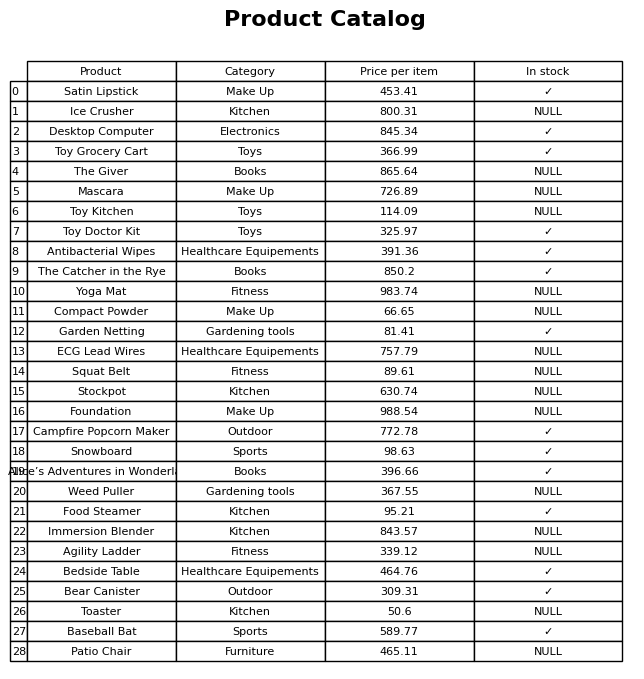
question: What is the price of the Weed Puller?
answer: The price of Weed Puller is 367.55.